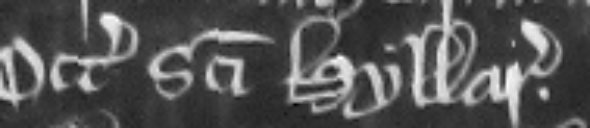
Octabis sancti Hyllarii.